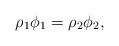
\begin{align*}\rho_1 \phi_1 = \rho_2 \phi_2,\end{align*}